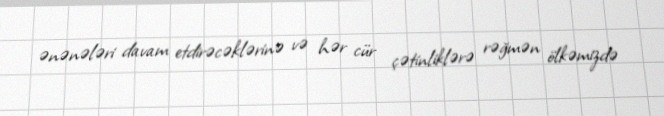
ənənələri davam etdirəcəklərinə və hər cür çətinliklərə rəğmən ölkəmizdə